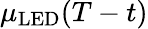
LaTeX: \mu_{\mathrm{LED}}(T-t)